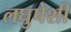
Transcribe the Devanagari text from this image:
लघुपेशी